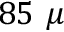
8 5 ~ \mu